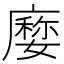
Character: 𢋉